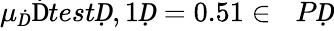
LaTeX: \mu_{Ḋ}\mathrm{Ḋ}testḌ,1Ḍ=0.51\in\mathcal ḊPḌ